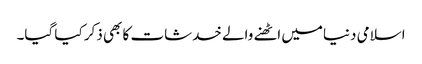
اسلامی دنیامیں اٹھنے والے خدشات کا بھی ذکر کیا گیا۔